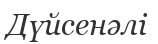
Дүйсенәлі